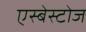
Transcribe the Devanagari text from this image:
एस्बेस्टोज